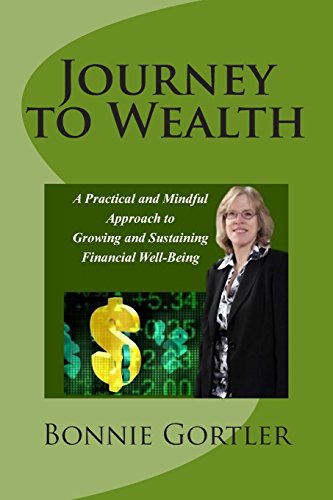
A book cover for Journey to Wealth: A Practical and Mindful Approach to Growing and Sustaining Financial Well-Being; Bonnie S Gortler; Business & Money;